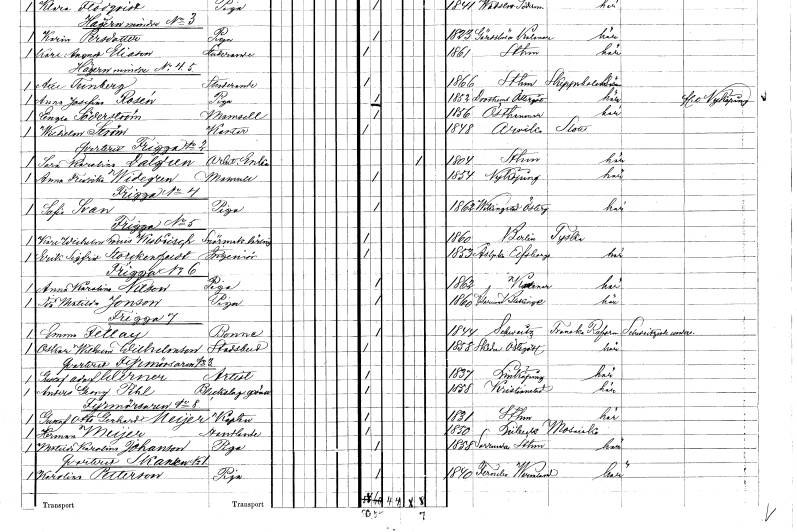
gt_parse: households: individuals: FN: Sara Karolina
EN: Dalgren
YRKE: Arbetareänka
KON: K
CIV: E
FODAR: 1804
FODFORS: Stockholm
FN: Anna Fredrika
EN: Widegren
KON: K
CIV: O
FODAR: 1854
FODFORS: Nyköping Södermanlands län
FN: Sofia
EN: Svan
YRKE: Piga
KON: K
CIV: O
FODAR: 1862
FODFORS: Vikingstad Östergötlands län
FN: Karl Wilhelm Louis
EN: Kubrisch
YRKE: Snörmakarelärling
KON: M
CIV: O
FODAR: 1860
FN: Erik Sigfrid
EN: Storckenfeldt
YRKE: Ingenjör
KON: M
CIV: O
FODAR: 1853
FODFORS: Åsaka Älvsborgs län
FN: Anna Karolina
EN: Nilson
YRKE: Piga
KON: K
CIV: O
FODAR: 1862
FN: Ida Matilda
EN: Jonson
YRKE: Piga
KON: K
CIV: O
FODAR: 1860
FODFORS: Asarum Blekinge län
FN: Emma
EN: Fellay
YRKE: Bonne
KON: K
CIV: O
FODAR: 1844
FN: Oskar Wilhelm
EN: Wilhelmson
YRKE: Stadsbud
KON: M
CIV: O
FODAR: 1858
FODFORS: Skeda Östergötlands län
FN: Gustaf Adolf
EN: Werner
YRKE: Artist
KON: M
CIV: O
FODAR: 1837
FODFORS: Linköping Östergötlands län
FN: Anders Georg
EN: Pihl
YRKE: Bleckslagaregesäll
KON: M
CIV: O
FODAR: 1858
FODFORS: Kristianstad Kristianstads län
FN: Gustaf Otto Gerhard
EN: Meijer
YRKE: Kapten
KON: M
CIV: O
FODAR: 1831
FODFORS: Stockholm
FN: Herman
EN: Meijer
YRKE: Handlande
KON: M
CIV: O
FODAR: 1850
FN: Matilda Karolina
EN: Johanson
YRKE: Piga
KON: K
CIV: O
FODAR: 1858
FODFORS: Sorunda Södermanlands län
FN: Karolina
EN: Petterson
YRKE: Piga
KON: K
CIV: O
FODAR: 1840
FODFORS: Färnebo Värmlands län